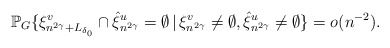
\begin{align*}\mathbb{P}_G\{\xi^{v}_{n^{2\gamma}+L_{\delta_0}}\cap \hat{\xi}^{u}_{n^{2\gamma}}=\emptyset\,|\,\xi^v_{n^{2\gamma}}\neq \emptyset, \hat{\xi}^u_{n^{2\gamma}}\neq \emptyset\}=o(n^{-2}).\end{align*}